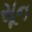
સૂન